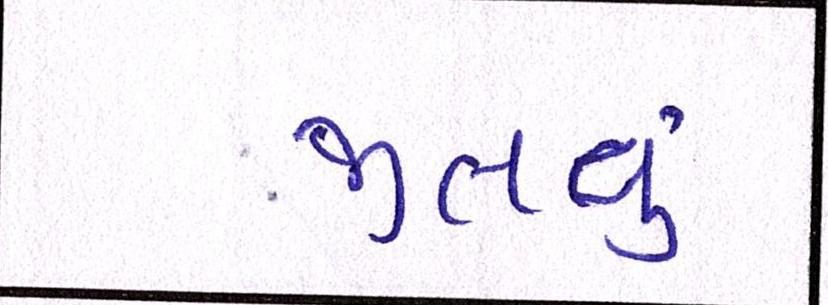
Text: જીતવું